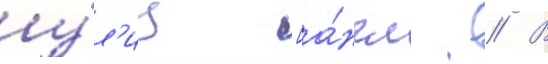
у́л'иц [а́нгл. // В